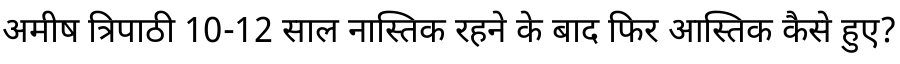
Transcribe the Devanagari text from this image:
अमीष त्रिपाठी 10-12 साल नास्तिक रहने के बाद फिर आस्तिक कैसे हुए?